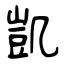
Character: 凱